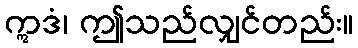
ဣဒံ၊ ဤသည်လျှင်တည်း။